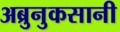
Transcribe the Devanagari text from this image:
अब्रुनुकसानी